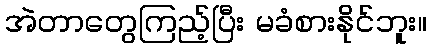
အဲတာတွေကြည့်ပြီး မခံစားနိုင်ဘူး။